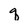
Character: q